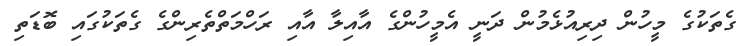
ގެތަކުގެ މީހުން ދިރިއުޅެމުން ދަނީ އެމީހުންގެ އާއިލާ އާއި ރަހްމަތްތެރިންގެ ގެތަކުގައި ބޮޑަތި